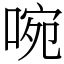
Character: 啘